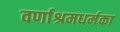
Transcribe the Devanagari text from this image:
वर्णाश्रमधर्मका